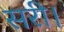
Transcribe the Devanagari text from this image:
सरी।